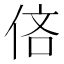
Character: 𫢧